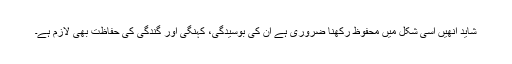
شاید انھیں اسی شکل میں محفوظ رکھنا ضروری ہے ان کی بوسیدگی، کہنگی اور گندگی کی حفاظت بھی لازم ہے۔